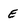
Character: E